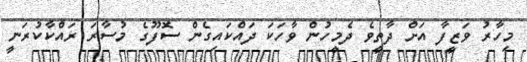
މިހާރު ވަޒީފާ އަށް ދާތީވެ ދެމީހުން ވާހަކަ ދައްކައިގެން ސޮފޫގެ މުސާރަ ރައްކާކުރަނީ